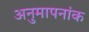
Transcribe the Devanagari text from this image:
अनुमापनांक